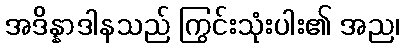
အဒိန္နာဒါနသည် ကြွင်းသုံးပါး၏ အည၊